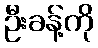
ဦးခန့်ကို